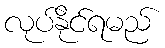
လုပ်နိုင်ရမည်